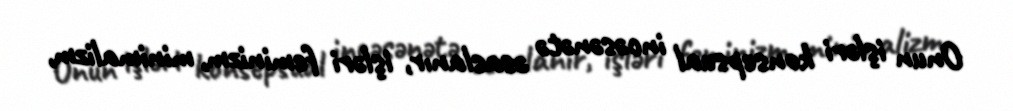
Onun işləri konsepsual incəsənətə əsaslanır, işləri feminizm, minimalizm,